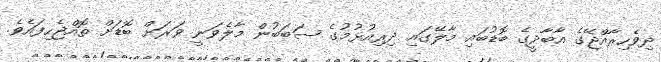
ދިވެހިރާއްޖޭގެ އާބާދީގެ ބޮޑުބައި މާލޭގައި ދިރިއުޅުމުގެ ސަބަބުން މާލެވަނީ ވަރަށް ބޮޑަށް ތޮއްޖެހިފައެވެ.